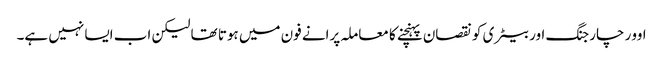
اوور چارجنگ اور بیٹری کو نقصان پہنچنے کا معاملہ پرانے فون میں ہوتا تھا لیکن اب ایسا نہیں ہے۔